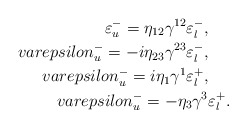
\begin{align*}\varepsilon^-_u = \eta_{12} \gamma^{12} \varepsilon^-_l,\ \ \ \ \\varepsilon^-_u = -i \eta_{23} \gamma^{23} \varepsilon^-_l, \ \ \ \ \\varepsilon^-_u = i \eta_{1} \gamma^{1} \varepsilon^+_l, \ \ \ \ \\varepsilon^-_u = - \eta_{3} \gamma^{3} \varepsilon^+_l .\end{align*}